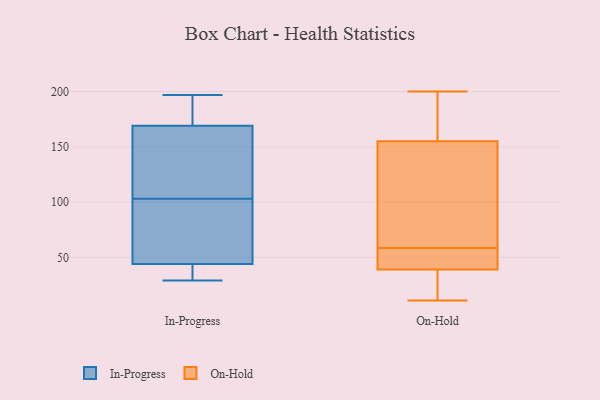
{"axis": {"x": "Customer Acquisition Cost (USD)", "y": "Value"}, "legend": ["In-Progress", "On-Hold"], "data": [{"x": "", "y": 127, "type": "In-Progress"}, {"x": "", "y": 70, "type": "In-Progress"}, {"x": "", "y": 38, "type": "In-Progress"}, {"x": "", "y": 79, "type": "In-Progress"}, {"x": "", "y": 29, "type": "In-Progress"}, {"x": "", "y": 44, "type": "In-Progress"}, {"x": "", "y": 169, "type": "In-Progress"}, {"x": "", "y": 177, "type": "In-Progress"}, {"x": "", "y": 164, "type": "In-Progress"}, {"x": "", "y": 197, "type": "In-Progress"}, {"x": "", "y": 163, "type": "On-Hold"}, {"x": "", "y": 155, "type": "On-Hold"}, {"x": "", "y": 57, "type": "On-Hold"}, {"x": "", "y": 200, "type": "On-Hold"}, {"x": "", "y": 57, "type": "On-Hold"}, {"x": "", "y": 30, "type": "On-Hold"}, {"x": "", "y": 60, "type": "On-Hold"}, {"x": "", "y": 11, "type": "On-Hold"}, {"x": "", "y": 39, "type": "On-Hold"}, {"x": "", "y": 129, "type": "On-Hold"}]}